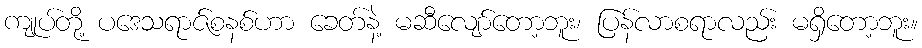
ကျုပ်တို့ ပဒေသရာဇ်စနစ်ဟာ ခေတ်နဲ့ မဆီလျော်တော့ဘူး၊ ပြန်လာစရာလည်း မရှိတော့ဘူး။